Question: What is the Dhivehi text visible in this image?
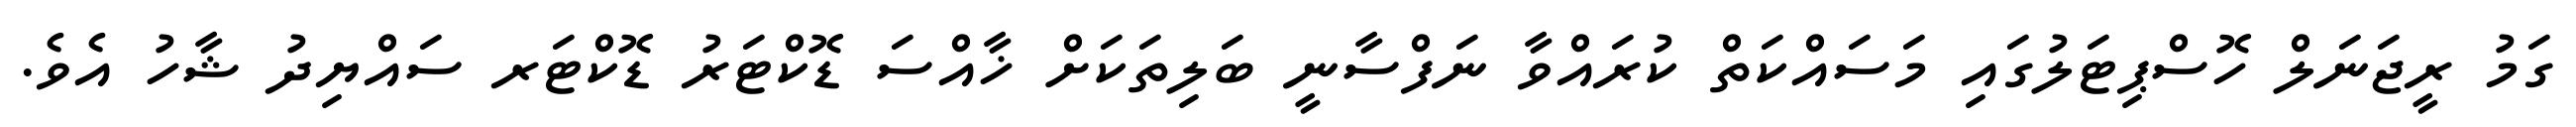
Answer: ގަމު ރީޖަނަލް ހޮސްޕިޓަލުގައި މަސައްކަތް ކުރައްވާ ނަފްސާނީ ބަލިތަކަށް ޚާއްސަ ޑޮކްޓަރު ޑޮކްޓަރ ސައްޔިދު ޝާހު އެވެ.